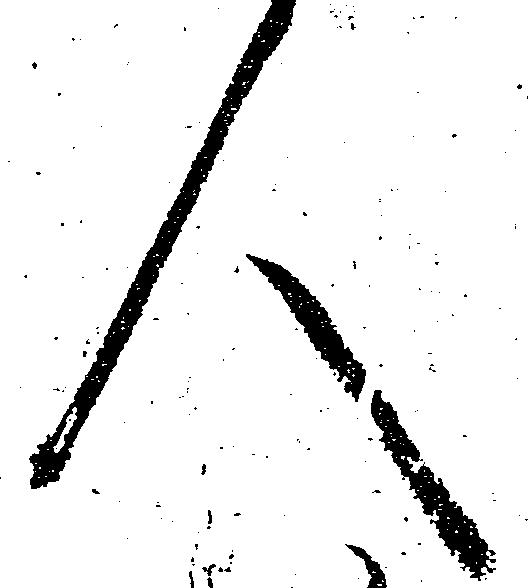
人